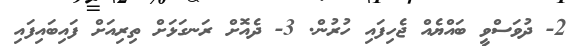
2- ދުވަސްވީ ބައްޔެއް ޖެހިފައި ހުރުން. 3- ދެއޮށް ރަނގަޅަށް ތިރިއަށް ފައިބައިފައި